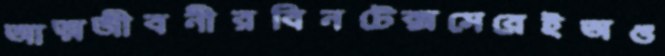
আত্মজীবনীরবিনটেক্সসেরেইঅঙ